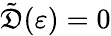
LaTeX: \tilde{\mathfrak{D}}(\varepsilon)=0